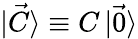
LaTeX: \mathinner{|{\vec{C}}\rangle}\equiv C\mathinner{|{\vec{0}}\rangle}